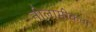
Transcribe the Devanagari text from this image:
नीलामीकर्ता